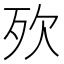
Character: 𣧋